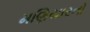
મણિયારનો